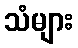
သံများ